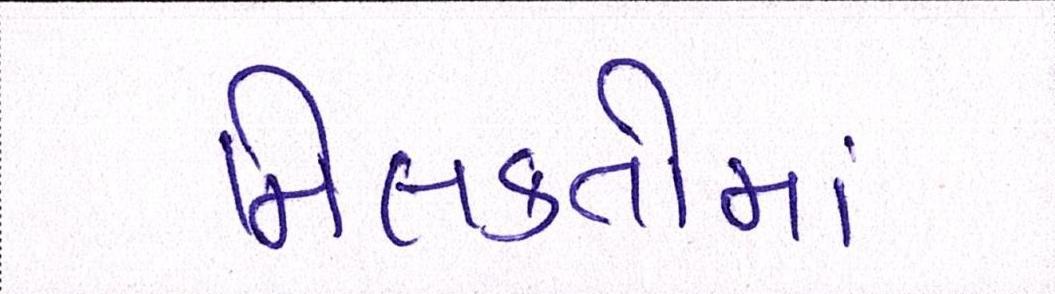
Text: મિલકતોમાં